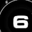
Digit: 6